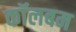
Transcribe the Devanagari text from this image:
कॉलबम